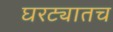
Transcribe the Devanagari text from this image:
घरट्यातच